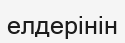
елдерінін